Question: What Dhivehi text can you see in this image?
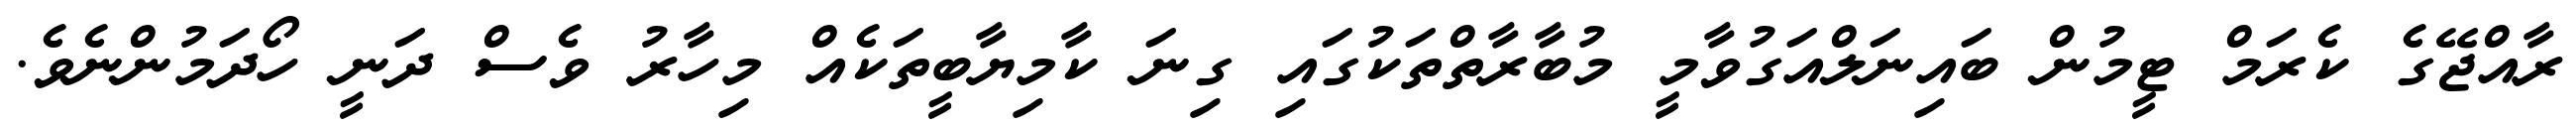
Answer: ރާއްޖޭގެ ކެރަމް ޓީމުން ބައިނަލްއަގުވާމީ މުބާރާތްތަކުގައި ގިނަ ކާމިޔާބީތަކެއް މިހާރު ވެސް ދަނީ ހޯދަމުންނެވެ.